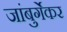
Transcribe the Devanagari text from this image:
जांबुर्गेकर